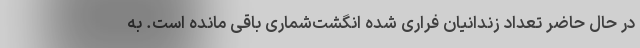
در حال حاضر تعداد زندانیان فراری شده انگشت‌شماری باقی مانده است. به